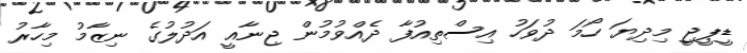
ޑީޕީޖީ މިދިޔަ ހޯމަ ދުވަހު އިސްތިއުފާ ދެއްވުމުން ޖިނާއީ އަދުލުގެ ނިޒާމު މިހާރު